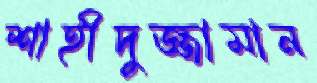
শাহীদুজ্জামান